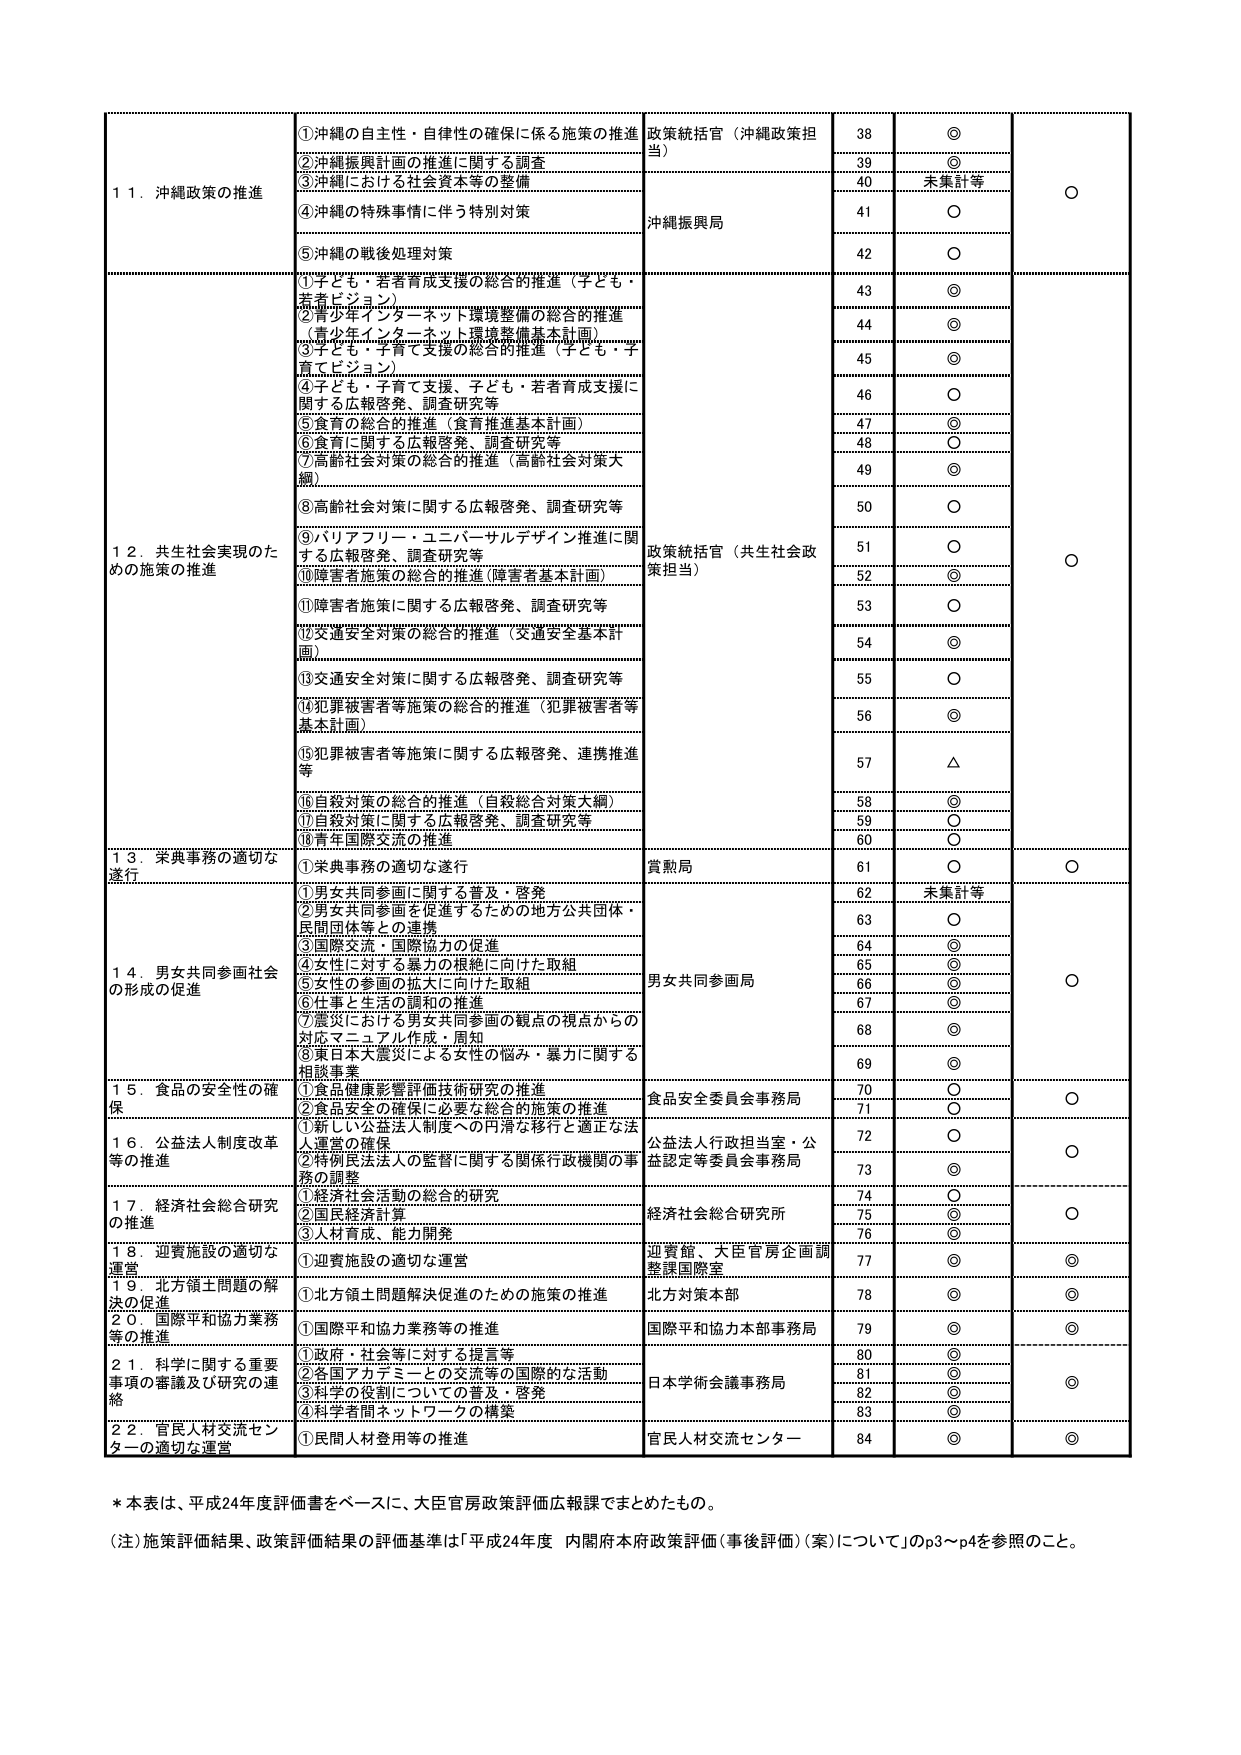
11. 沖縄政策の推進
①沖縄の自主性・自律性の確保に係る施策の推進
②沖縄振興計画の推進に関する調査
③沖縄における社会資本等の整備
④沖縄の特殊事情に伴う特別対策
⑤沖縄の戦後処理対策

政策統括官（沖縄政策担当）
沖縄振興局
38 ◎
39 ◎
40 未集計等
41 ○
42 ○

12. 共生社会実現のための施策の推進
①子ども・若者育成支援の総合的推進（子ども・若者ビジョン）
②青少年インターネット環境整備の総合的推進（青少年インターネット環境整備基本計画）
③子ども・子育て支援の総合的推進（子ども・子育てビジョン）
④子ども・子育て支援、子ども・若者育成支援に関する広報啓発、調査研究等
⑤食育の総合的推進（食育推進基本計画）
⑥食育に関する広報啓発、調査研究等
⑦高齢社会対策の総合的推進（高齢社会対策大綱）
⑧高齢社会対策に関する広報啓発、調査研究等
⑨バリアフリー・ユニバーサルデザイン推進に関する広報啓発、調査研究等
⑩障害者施策の総合的推進（障害者基本計画）
⑪障害者施策に関する広報啓発、調査研究等
⑫交通安全対策の総合的推進（交通安全基本計画）
⑬交通安全対策に関する広報啓発、調査研究等
⑭犯罪被害者等施策の総合的推進（犯罪被害者等基本計画）
⑮犯罪被害者等施策に関する広報啓発、連携推進等
⑯自殺対策の総合的推進（自殺総合対策大綱）
⑰自殺対策に関する広報啓発、調査研究等
⑱青年国際交流の推進

政策統括官（共生社会政策担当）
43 ◎
44 ◎
45 ◎
46 ○
47 ◎
48 ○
49 ◎
50 ○
51 ○
52 ◎
53 ○
54 ◎
55 ○
56 ◎
57 △
58 ◎
59 ○
60 ○

13. 栄典事務の適切な遂行
①栄典事務の適切な遂行

賞勲局
61 ○

14. 男女共同参画社会の形成の促進
①男女共同参画に関する普及・啓発
②男女共同参画を促進するための地方公共団体・民間団体等との連携
③国際交流・国際協力の促進
④女性に対する暴力の根絶に向けた取組
⑤女性の参画の拡大に向けた取組
⑥仕事と生活の調和の推進
⑦震災における男女共同参画の観点の視点からの対応マニュアル作成・周知
⑧東日本大震災による女性の悩み・暴力に関する相談事業

男女共同参画局
62 未集計等
63 ○
64 ◎
65 ◎
66 ◎
67 ◎
68 ◎
69 ◎

15. 食品の安全性の確保
①食品健康影響評価技術研究の推進
②食品安全の確保に必要な総合的施策の推進

食品安全委員会事務局
70 ○
71 ○

16. 公益法人制度改革等の推進
①新しい公益法人制度への円滑な移行と適正な法人運営の確保
②特別法人の監督に関する関係行政機関の事務の調整

公益法人行政担当室・公益認定等委員会事務局
72 ○
73 ◎

17. 経済社会総合研究の推進
①経済社会活動の総合的研究
②国民経済計算
③人材育成、能力開発

経済社会総合研究所
74 ○
75 ◎
76 ◎

18. 迎賓施設の適切な運営
①迎賓施設の適切な運営

迎賓館、大臣官房企画調整課国際室
77 ◎

19. 北方領土問題の解決の促進
①北方領土問題解決促進のための施策の推進

北方対策本部
78 ◎

20. 国際平和協力業務等の推進
①国際平和協力業務等の推進

国際平和協力本部事務局
79 ◎

21. 科学に関する重要事項の審議及び研究の連絡
①政府・社会等に対する提言等
②各国アカデミーとの交流等の国際的な活動
③科学の役割についての普及・啓発
④科学者間ネットワークの構築

日本学術会議事務局
80 ◎
81 ◎
82 ◎
83 ◎

22. 官民人材交流センターの適切な運営
①民間人材登用等の推進

官民人材交流センター
84 ◎

* 本表は、平成24年度評価書をベースに、大臣官房政策評価広報課でまとめたもの。
（注）施策評価結果、政策評価結果の評価基準は「平成24年度 内閣府本府政策評価（事後評価）（案）について」のp3～p4を参照のこと。